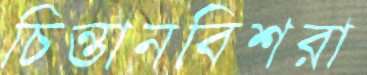
চিন্তানবিশরা